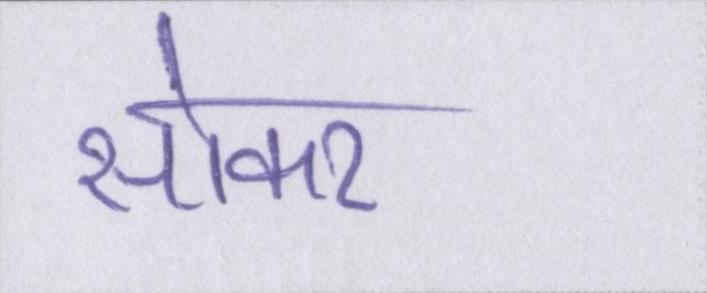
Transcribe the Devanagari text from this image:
सोकर